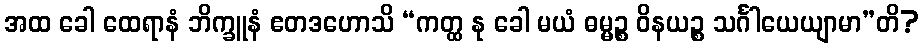
အထ ခေါ ထေရာနံ ဘိက္ခူနံ ဧတဒဟောသိ “ကတ္ထ နု ခေါ မယံ ဓမ္မဉ္စ ဝိနယဉ္စ သင်္ဂါယေယျာမာ”တိ?